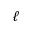
\ell